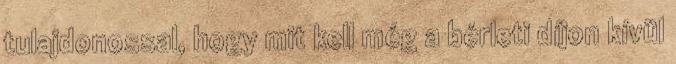
tulajdonossal, hogy mit kell még a bérleti díjon kívül